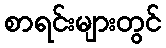
စာရင်းများတွင်